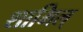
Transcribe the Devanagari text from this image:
शामिल्